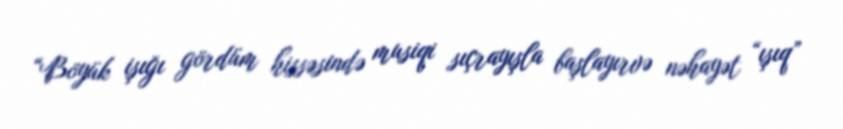
“Böyük işığı gördüm hissəsində musiqi sıçrayışla başlayırvə nəhayət “ışıq”